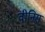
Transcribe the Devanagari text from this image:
वीनिस